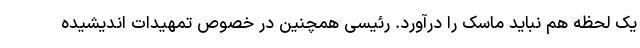
یک لحظه هم نباید ماسک را درآورد. رئیسی همچنین در خصوص تمهیدات اندیشیده